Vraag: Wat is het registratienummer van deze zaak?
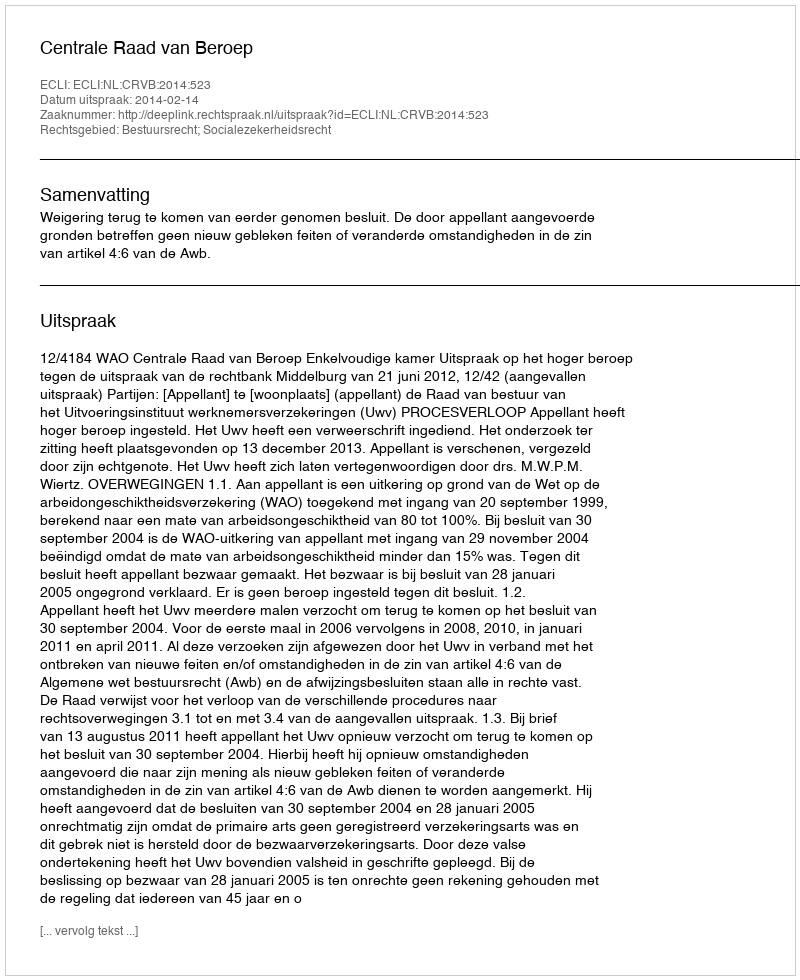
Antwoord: http://deeplink.rechtspraak.nl/uitspraak?id=ECLI:NL:CRVB:2014:523